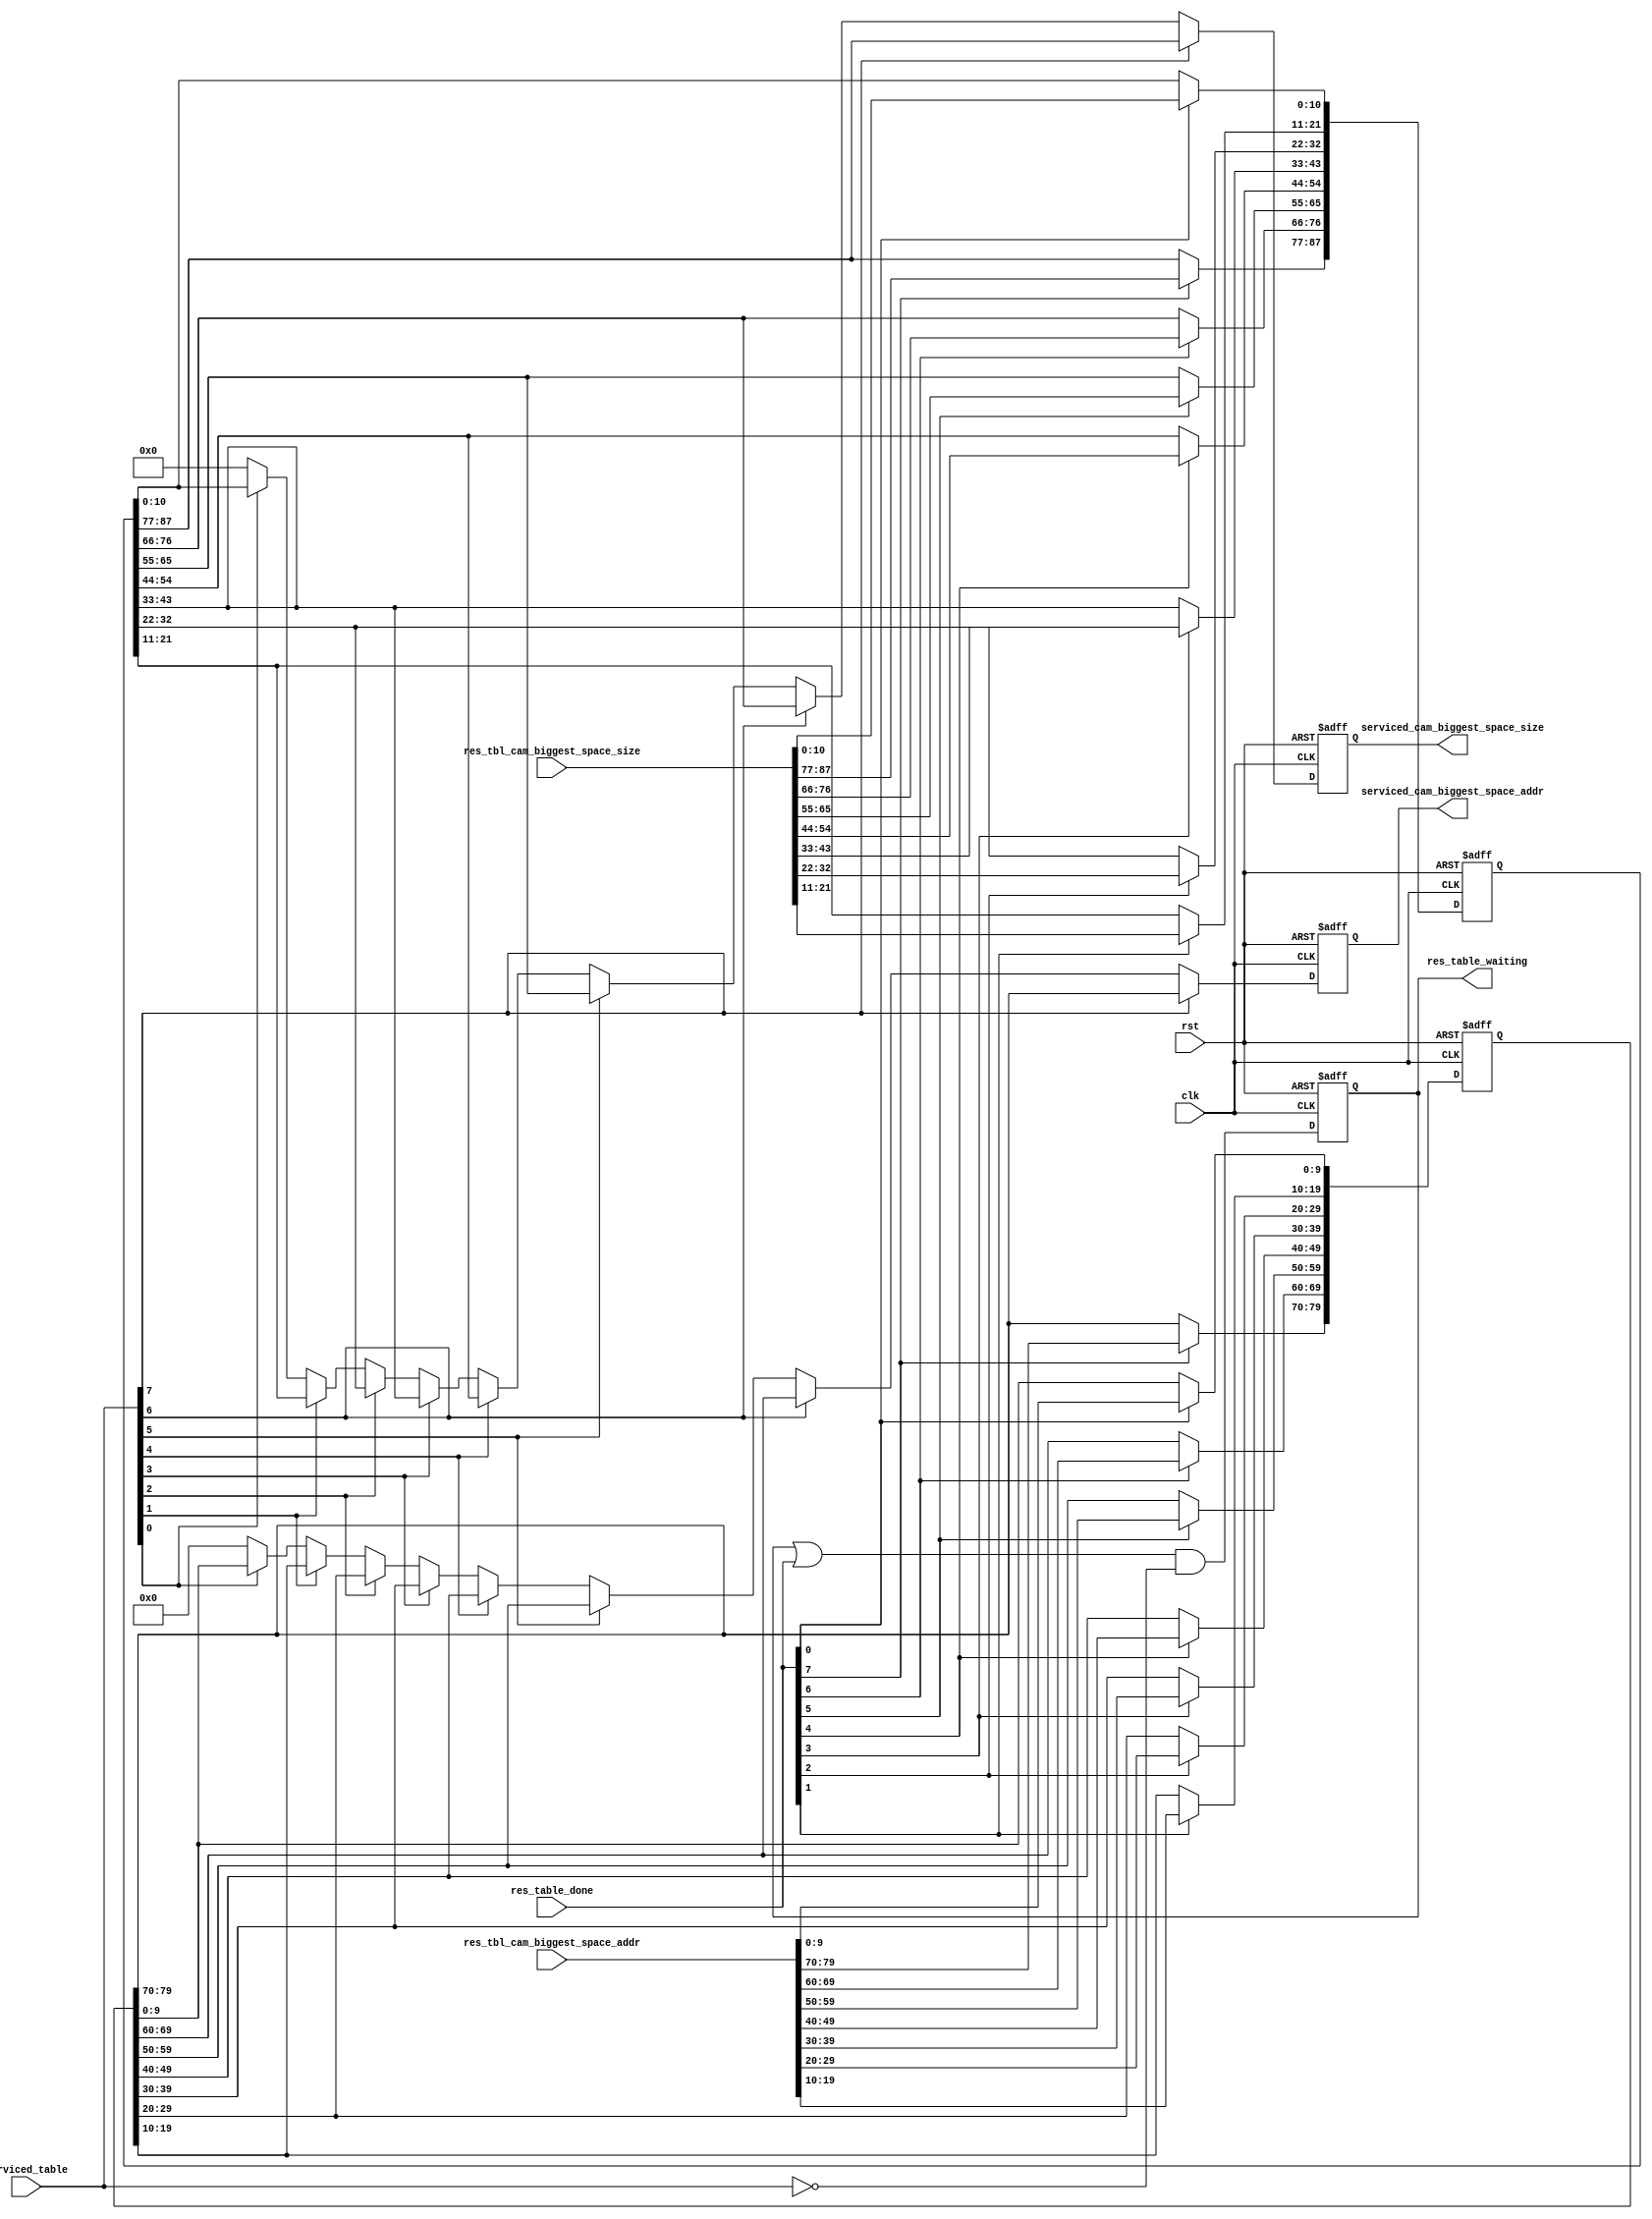
module resource_update_buffer 
  (/*AUTOARG*/
   // Outputs
   res_table_waiting, serviced_cam_biggest_space_size,
   serviced_cam_biggest_space_addr,
   // Inputs
   clk, rst, res_table_done, res_tbl_cam_biggest_space_size,
   res_tbl_cam_biggest_space_addr, serviced_table
   ) ;

   parameter RES_ID_WIDTH = 10;

   parameter RES_TABLE_ADDR_WIDTH = 3;
   parameter NUMBER_RES_TABLES = 8;

   input clk, rst;
   
   input [NUMBER_RES_TABLES-1:0] res_table_done;
   input [NUMBER_RES_TABLES*(RES_ID_WIDTH+1)-1 :0] res_tbl_cam_biggest_space_size;
   input [NUMBER_RES_TABLES*(RES_ID_WIDTH)-1 :0]   res_tbl_cam_biggest_space_addr;
   
   output [NUMBER_RES_TABLES-1:0] res_table_waiting;
   
   input [NUMBER_RES_TABLES-1:0]  serviced_table;

   output [RES_ID_WIDTH :0] 	  serviced_cam_biggest_space_size;
   output [RES_ID_WIDTH-1 :0] 	  serviced_cam_biggest_space_addr;

   wire [NUMBER_RES_TABLES-1:0] res_table_waiting;
   reg [NUMBER_RES_TABLES-1:0] res_table_waiting_comb, res_table_waiting_i;
   
   reg [NUMBER_RES_TABLES-1:0] 		      res_table_done_comb,
					      res_table_done_array;
   reg [(RES_ID_WIDTH+1)*NUMBER_RES_TABLES-1:0]  biggest_space_size_comb,
					      biggest_space_size_buf;
   reg [RES_ID_WIDTH*NUMBER_RES_TABLES-1:0]  biggest_space_addr_comb,
					      biggest_space_addr_buf;

   reg [(RES_ID_WIDTH+1)*NUMBER_RES_TABLES-1:0]  mux_biggest_space_size_comb,
					      mux_biggest_space_size;
   reg [RES_ID_WIDTH*NUMBER_RES_TABLES-1:0]  mux_biggest_space_addr_comb,
					      mux_biggest_space_addr;
   
   always @ ( posedge clk or posedge rst ) begin
      if (rst) begin
	 /*AUTORESET*/
	 // Beginning of autoreset for uninitialized flops
	 biggest_space_addr_buf <= {(1+(RES_ID_WIDTH*NUMBER_RES_TABLES-1)){1'b0}};
	 biggest_space_size_buf <= {(1+((RES_ID_WIDTH+1)*NUMBER_RES_TABLES-1)){1'b0}};
	 mux_biggest_space_addr <= {(1+(RES_ID_WIDTH*NUMBER_RES_TABLES-1)){1'b0}};
	 mux_biggest_space_size <= {(1+((RES_ID_WIDTH+1)*NUMBER_RES_TABLES-1)){1'b0}};
	 res_table_waiting_i <= {NUMBER_RES_TABLES{1'b0}};
	 // End of automatics
      end 
      else begin

	 
	 res_table_waiting_i <= res_table_waiting_comb;
	 biggest_space_size_buf <= biggest_space_size_comb;
	 biggest_space_addr_buf <= biggest_space_addr_comb;

	 mux_biggest_space_size <= mux_biggest_space_size_comb;
	 mux_biggest_space_addr <= mux_biggest_space_addr_comb;
				  
      end
   end

   assign serviced_cam_biggest_space_size = mux_biggest_space_size;
   assign serviced_cam_biggest_space_addr = mux_biggest_space_addr;
   assign res_table_waiting = res_table_waiting_i;
   
   
   always @ ( /*AUTOSENSE*/biggest_space_addr_buf
	     or biggest_space_size_buf or res_table_done
	     or res_table_waiting_i or res_tbl_cam_biggest_space_addr
	     or res_tbl_cam_biggest_space_size or serviced_table) begin : BUFFER_UPDATE_LOGIC
      integer res_table_i;
      
      // Set all done flags that went up this cycle
      // Clear all the flags when it services the items
      res_table_waiting_comb = (res_table_waiting_i |
			       res_table_done) &
			      (~serviced_table);
      biggest_space_size_comb = biggest_space_size_buf;
      biggest_space_addr_comb = biggest_space_addr_buf;

      // Loops traverses the resource tables outputs to capture the ones where
      // the output has just arrived, updating the result buffer of those tables
      for(res_table_i =0; res_table_i <NUMBER_RES_TABLES; 
	  res_table_i = res_table_i+1) begin

	 // Updates the buff regs only when the done output is high
	 if(res_table_done[res_table_i]) begin
	    biggest_space_size_comb
	      [res_table_i*(RES_ID_WIDTH+1)+:RES_ID_WIDTH+1] = res_tbl_cam_biggest_space_size[res_table_i*(RES_ID_WIDTH+1)+:RES_ID_WIDTH+1];
	    biggest_space_addr_comb[res_table_i*RES_ID_WIDTH+:RES_ID_WIDTH] = res_tbl_cam_biggest_space_addr[res_table_i*RES_ID_WIDTH+:RES_ID_WIDTH];
	 end
      end // for (res_table_i =0; res_table_i <NUMBER_RES_TABLES;...
   end // always @ (...
   
	 
   always @ ( /*AUTOSENSE*/biggest_space_addr_buf
	     or biggest_space_size_buf or serviced_table) begin : OUTPUT_MUX

      integer mux_res_tbl_i;

      mux_biggest_space_size_comb = 0;
      mux_biggest_space_addr_comb = 0;
      
      // Implement one-hot mux
      for (mux_res_tbl_i=0; mux_res_tbl_i<NUMBER_RES_TABLES; 
	   mux_res_tbl_i=mux_res_tbl_i+1) begin

	 if(serviced_table[mux_res_tbl_i]) begin
	    mux_biggest_space_size_comb
	      = biggest_space_size_buf[mux_res_tbl_i*(RES_ID_WIDTH+1)
					    +:(RES_ID_WIDTH+1)];
	    mux_biggest_space_addr_comb 
	      = biggest_space_addr_buf[mux_res_tbl_i*RES_ID_WIDTH
					    +:RES_ID_WIDTH];
	 end
      end // for (mux_res_tbl_i=0; mux_res_tbl_i<NUMBER_RES_TABLES;...
      
   end // always @ (...
   
   
   
endmodule